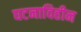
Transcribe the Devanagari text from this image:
घटनाविहीन